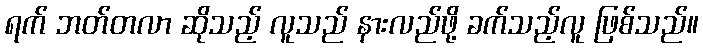
ရက် ဘတ်တလာ ဆိုသည့် လူသည် နားလည်ဖို့ ခက်သည့်လူ ဖြစ်သည်။